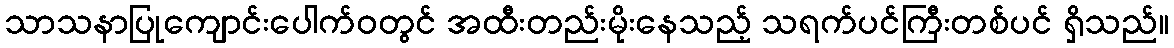
သာသနာပြုကျောင်းပေါက်ဝတွင် အထီးတည်းမိုးနေသည့် သရက်ပင်ကြီးတစ်ပင် ရှိသည်။